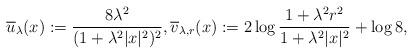
LaTeX: \begin{align*}\overline{u}_\lambda (x) := \frac{8\lambda^2}{(1+\lambda^2|x|^2)^2}, \overline{v}_{\lambda, r} (x) := 2 \log \frac{1+\lambda^2r^2}{1+\lambda^2|x|^2} +\log 8,\end{align*}